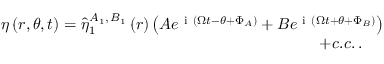
\begin{array} { r } { \eta \left( r , \theta , t \right) = \hat { \eta } _ { 1 } ^ { A _ { 1 } , \, B _ { 1 } } \left( r \right) \left( A e ^ { \mathrm { ~ i ~ } \left( \Omega t - \theta + \Phi _ { A } \right) } + B e ^ { \mathrm { ~ i ~ } \left( \Omega t + \theta + \Phi _ { B } \right) } \right) } \\ { + c . c . \, . \ \ \ \ } \end{array}